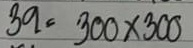
39 = 300x300